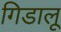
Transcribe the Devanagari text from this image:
गिडालू